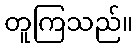
တူကြသည်။